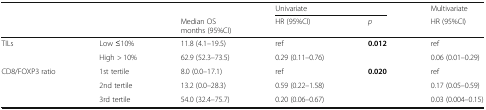
| <ROWSPAN=2>  | <ROWSPAN=2>  |  | <COLSPAN=2> Univariate | Multivariate |
 | Median OSmonths (95%CI) | HR (95%CI) | p | HR (95%CI) |
 | --- | --- | --- | --- | --- | --- |
 | <ROWSPAN=2> TILs | Low ≤10% | 11.8 (4.1–19.5) | ref | <ROWSPAN=2> 0.012 | ref |
 | High > 10% | 62.9 (52.3–73.5) | 0.29 (0.11–0.76) | 0.06 (0.01–0.29) |
 | <ROWSPAN=3> CD8/FOXP3 ratio | 1st tertile | 8.0 (0.0–17.1) | ref | <ROWSPAN=3> 0.020 | ref |
 | 2nd tertile | 13.2 (0.0–28.3) | 0.59 (0.22–1.58) | 0.17 (0.05–0.59) |
 | 3rd tertile | 54.0 (32.4–75.7) | 0.20 (0.06–0.67) | 0.03 (0.004–0.15) |